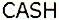
CASH